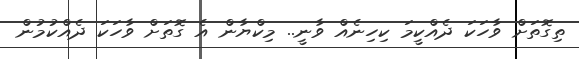
ތިގޮތަށް ވާހަކަ ދެއްކީމަ ކިހިނެއް ވާނީ.. މިކްޔާން އެ ގޮތަށް ވާހަކަ ދެއްކުމުން